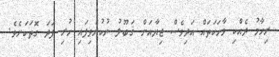
ރިހާމު ދެއްކި ވާހަކަތައް އަދިވެސް ޖިޔާއަށް ޤަބޫލު ނުކުރެވިފައި ހުރި ފަދަ ގޮތަކަށެވެ.